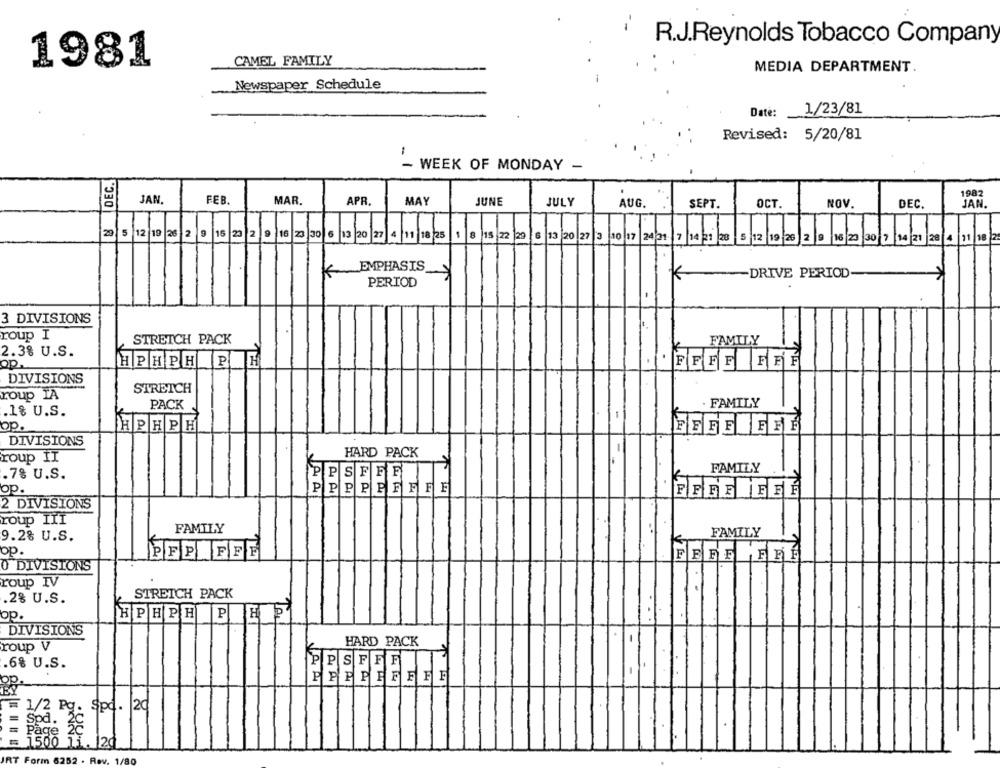
R.J.Reynolds Tobacco Company
CAMEL FAMILY
1981
MEDIA DEPARTMENT.
Newspaper Schedule
Date:
1/23/81
Revised: 5/20/81
-
- WEEK OF MONDAY -
DEC.
.
1982
MAR.
JAN
FEB.
APR.
MAY
JUNE
JULY
AUG.
SEPT
OCT.
NOV.
DEC.
JAN
27
5
12 19 26 2 9 15
23 2 9 16 23 30
6 13 20 27
4
15 22 29 6 13 20 27 3 10 17 24 31 7 14 21 28
12 19 26 2 9 16 23
11 18 2
EMPHASIS
K
-DRIVE PERIOD
PERIOD
3 DIVISIONS
roup I
STRETCH PACK
FAMILY
2.3% U.S.
HPHPHPH
'FFFF FFF
DIVISIONS
STRETCH
roup IA
PACK
FAMILY
.18 U.S.
op.
HPHPH
FEDE FEE
DIVISIONS
HARD PACK
roup II
FAMILY
.7% U.S.
FE
op.
PPPPFFFF
PERE FFF
2 DIVISIONS
roup TII
FAMILY
9.2% U.S.
FAMILY
op.
PEP FFI
FFFF FFF
O DIVISIONS
roup IV
.2% U.S.
STRETCH PACK
op.
HPHPHPHP
DIVISIONS
HARD PACK
roup V
.6% U.S.
PPSFFF
op.
= 1/2 Pg: Spd. |20
1500 11. 120
JRT Form 6252 . Rav. 1/80